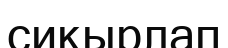
сиқырлап